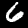
Digit: 6